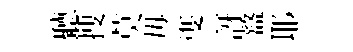
聽搜莫毋㕠訝盩耶